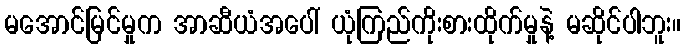
မအောင်မြင်မှုက အာဆီယံအပေါ် ယုံကြည်ကိုးစားထိုက်မှုနဲ့ မဆိုင်ပါဘူး။